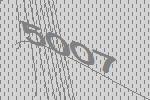
5007